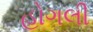
હોગલી